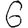
Digit: 6